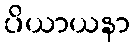
ပိယာယနာ